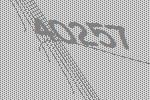
40257